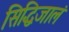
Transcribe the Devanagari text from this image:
सिद्धिजालं